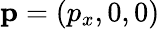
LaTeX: {\mathbf p}=(p_{x},0,0)